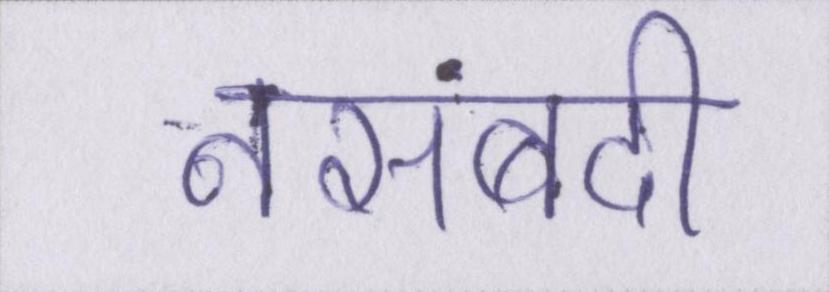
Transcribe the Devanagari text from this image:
नसबंदी